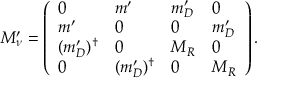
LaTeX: M _ { \nu } ^ { \prime } = \left( \begin{array} { l l l l } { { 0 } } & { { m ^ { \prime } } } & { { m _ { D } ^ { \prime } } } & { { 0 } } \\ { { m ^ { \prime } } } & { { 0 } } & { { 0 } } & { { m _ { D } ^ { \prime } } } \\ { { ( m _ { D } ^ { \prime } ) ^ { \dagger } } } & { { 0 } } & { { M _ { R } } } & { { 0 } } \\ { { 0 } } & { { ( m _ { D } ^ { \prime } ) ^ { \dagger } } } & { { 0 } } & { { M _ { R } } } \end{array} \right) .